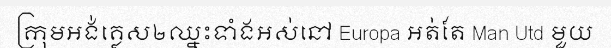
ក្រុមអង់គ្លេស២ឈ្នះទាំងអស់នៅ Europa អត់តែ Man Utd មួយ